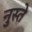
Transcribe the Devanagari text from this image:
नुस्ते